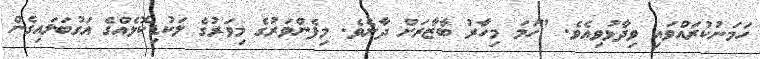
ހަމަނުކުރައްވައި ވިދާޅުވިއެވެ. "ހަމަ މިހާރު ބާޒާރަށް ދާށެވެ. މިފެންވަރުގެ މިވަރުގެ ލަކުޑިކޮޅެއްގެ އަގުބަލައިގެން